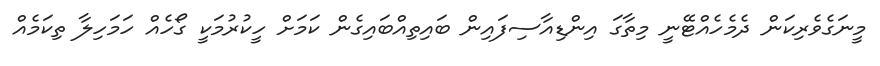
މީނަގެވެރިކަން ދެމެހެއްޓޭނީ މިތާގަ އިންޑިއާސިފައިން ބައިތިއްބައިގެން ކަމަށް ހީކުރުމަކީ ގޯހެއް ހަމަހިލާ ތިކަމެއް